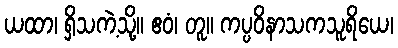
ယထာ၊ ရှိသကဲ့သို့။ ဧဝံ၊ တူ။ ကပ္ပဝိနာသကသူရိယေ၊